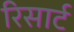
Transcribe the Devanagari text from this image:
रिसार्ट